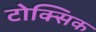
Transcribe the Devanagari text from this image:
टोक्सिक